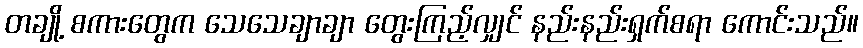
တချို့ စကားတွေက သေသေချာချာ တွေးကြည့်လျှင် နည်းနည်းရှက်စရာ ကောင်းသည်။